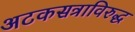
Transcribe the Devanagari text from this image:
अटकसत्राविरुद्ध